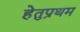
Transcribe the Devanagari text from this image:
हेतुप्रथम